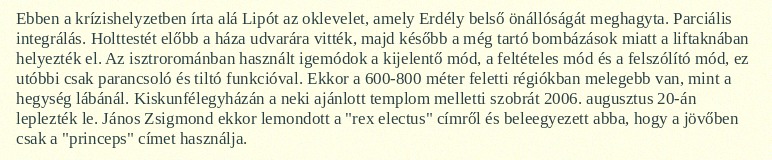
Ebben a krízishelyzetben írta alá Lipót az oklevelet, amely Erdély belső önállóságát meghagyta. Parciális integrálás. Holttestét előbb a háza udvarára vitték, majd később a még tartó bombázások miatt a liftaknában helyezték el. Az isztrorománban használt igemódok a kijelentő mód, a feltételes mód és a felszólító mód, ez utóbbi csak parancsoló és tiltó funkcióval. Ekkor a 600-800 méter feletti régiókban melegebb van, mint a hegység lábánál. Kiskunfélegyházán a neki ajánlott templom melletti szobrát 2006. augusztus 20-án leplezték le. János Zsigmond ekkor lemondott a "rex electus" címről és beleegyezett abba, hogy a jövőben csak a "princeps" címet használja.